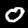
Digit: 0